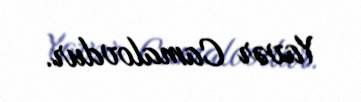
Yavər Camalovdur.